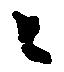
々